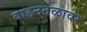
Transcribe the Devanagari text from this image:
वाहनतळावर